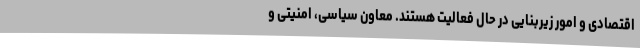
اقتصادی و امور زیربنایی در حال فعالیت هستند. معاون سیاسی، امنیتی و